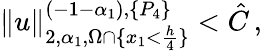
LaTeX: \| u\| _{2,\alpha_{1},\Omega\cap\{ x_{1}<\frac{h}{4}\} }^{(-1-\alpha_{1}),\{ P_{4}\} }<\hat{C}\, ,